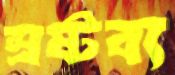
স্রষ্টব্য